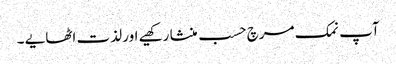
آپ نمک مرچ حسب منشا رکھیے اور لذت اٹھایے ۔